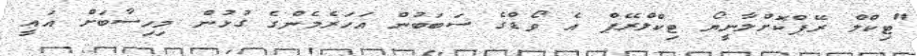
"ޓިކްލް ރޭޕްކޮށްލާނީޔޯ ޓިކްލްރޭޕް އެ ވޯޑްގެ ސަބަބުން އަހަރެމެންގެ ގުޅުން މިހިސާބަށް އައީ